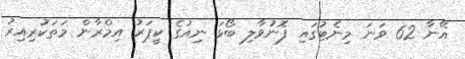
އޭނާ 62 ވަނަ މިނެޓުގައި ފޮނުވާލި ބޯޅަ ނިއުގެ ކީޕަރު އިމްރާން މަތަކުރިއިރު